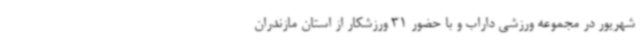
شهریور در مجموعه ورزشی داراب و با حضور 31 ورزشکار از استان مازندران